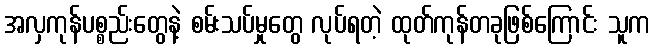
အလှကုန်ပစ္စည်းတွေနဲ့ စမ်းသပ်မှုတွေ လုပ်ရတဲ့ ထုတ်ကုန်တခုဖြစ်ကြောင်း သူက